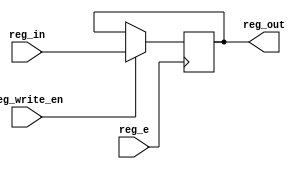
module register_16(reg_e, reg_write_en, reg_in, reg_out);
	input           reg_e;
    input           reg_write_en;
	input	    [15:0] reg_in;
	output	reg [15:0] reg_out;
	
	always @(posedge reg_e) begin
		if(reg_write_en) begin 
            reg_out <= reg_in;
            end
	end
endmodule